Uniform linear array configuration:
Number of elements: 32
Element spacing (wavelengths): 0.25
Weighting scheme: kaiser
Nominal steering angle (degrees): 30
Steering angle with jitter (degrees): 31.407
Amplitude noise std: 0.05
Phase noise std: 0.05

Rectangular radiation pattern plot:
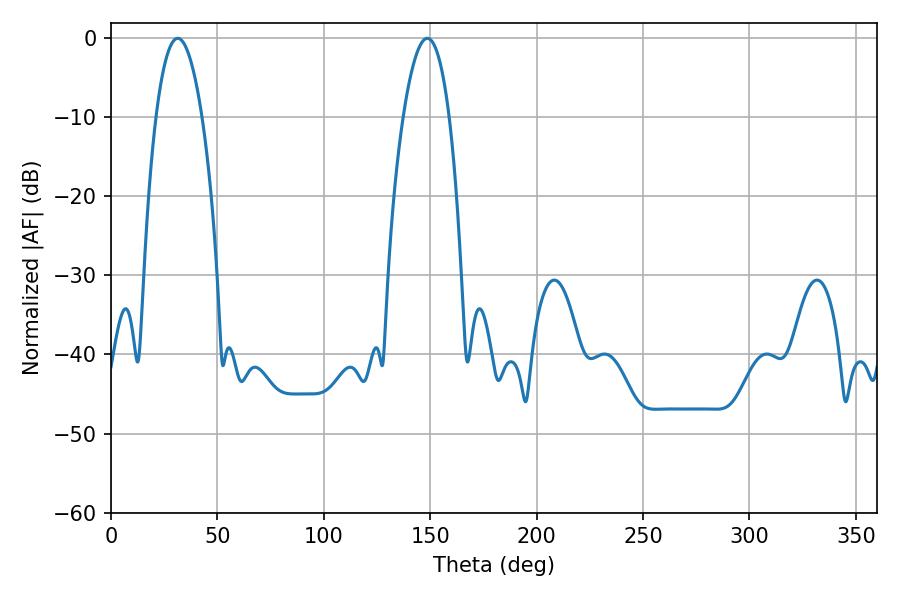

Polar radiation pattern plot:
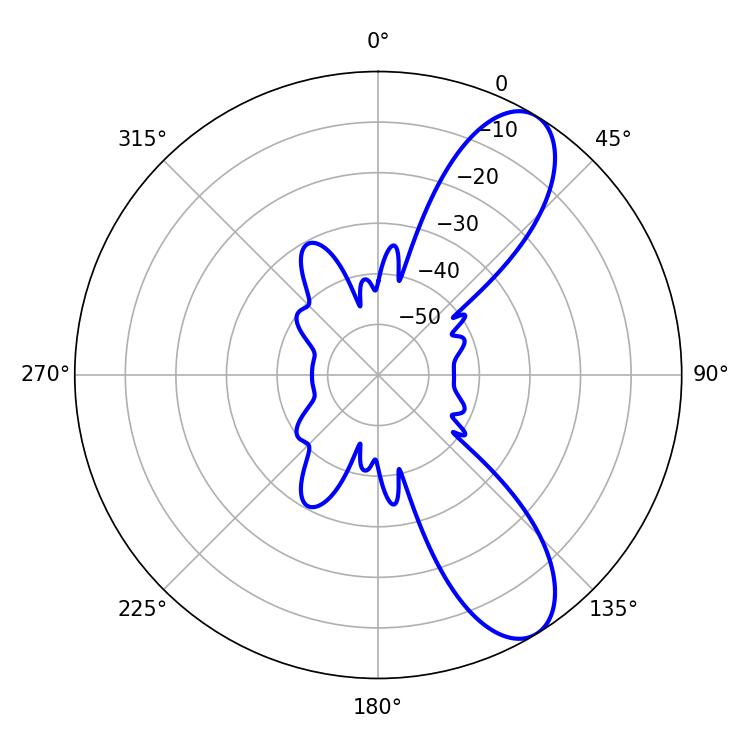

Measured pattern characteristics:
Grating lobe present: FALSE
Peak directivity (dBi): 9.325
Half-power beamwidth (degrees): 12.06
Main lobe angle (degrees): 31.32